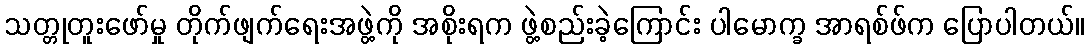
သတ္တုတူးဖော်မှု တိုက်ဖျက်ရေးအဖွဲ့ကို အစိုးရက ဖွဲ့စည်းခဲ့ကြောင်း ပါမောက္ခ အာရစ်ဖ်က ပြောပါတယ်။